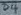
Text: B4